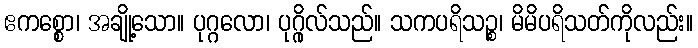
ဧကစ္စော၊ အချို့သော။ ပုဂ္ဂလော၊ ပုဂ္ဂိုလ်သည်။ သကပရိသဉ္စ၊ မိမိပရိသတ်ကိုလည်း။